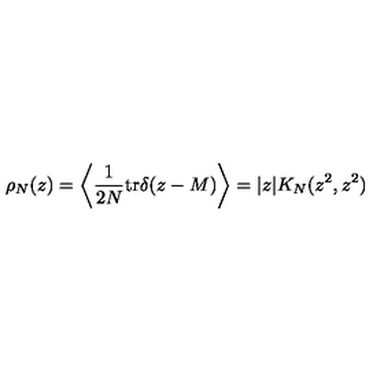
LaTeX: \rho _ { N } ( z ) = \left\langle \frac { 1 } { 2 N } \mathrm { t r } \delta ( z - M ) \right\rangle = | z | K _ { N } ( z ^ { 2 } , z ^ { 2 } )